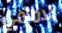
الامامي